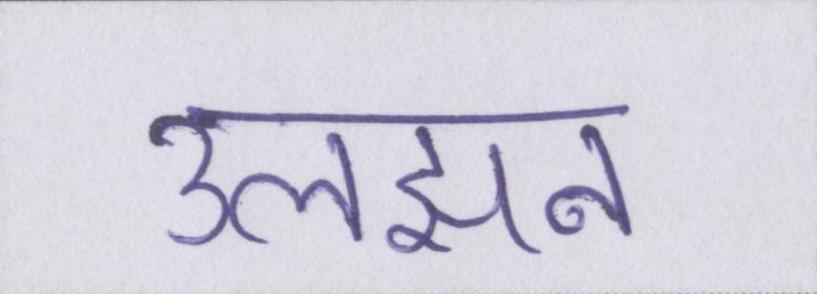
उलझन